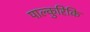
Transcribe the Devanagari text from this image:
पाल्कुरिकि